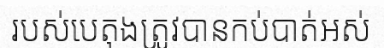
របស់បេតុងត្រូវបានកប់បាត់អស់